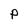
Character: P